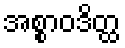
အစ္စာဝဒိတ္ထ